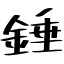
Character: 錘